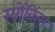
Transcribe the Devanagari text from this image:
स्मोंकिंग